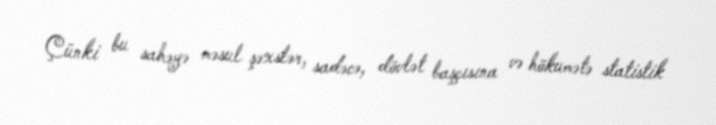
Çünki bu sahəyə məsul şəxslər, sadəcə, dövlət başçısına və hökumətə statistik